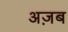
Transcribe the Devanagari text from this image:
अज़ब